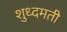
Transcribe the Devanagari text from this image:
शुध्दमती